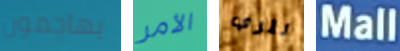
يهاجمون الأمر لتري Mall